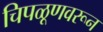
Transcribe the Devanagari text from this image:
चिपळूणवरून